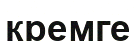
кремге